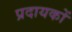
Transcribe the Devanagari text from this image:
प्रदायकों